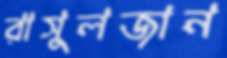
রাসুলজান